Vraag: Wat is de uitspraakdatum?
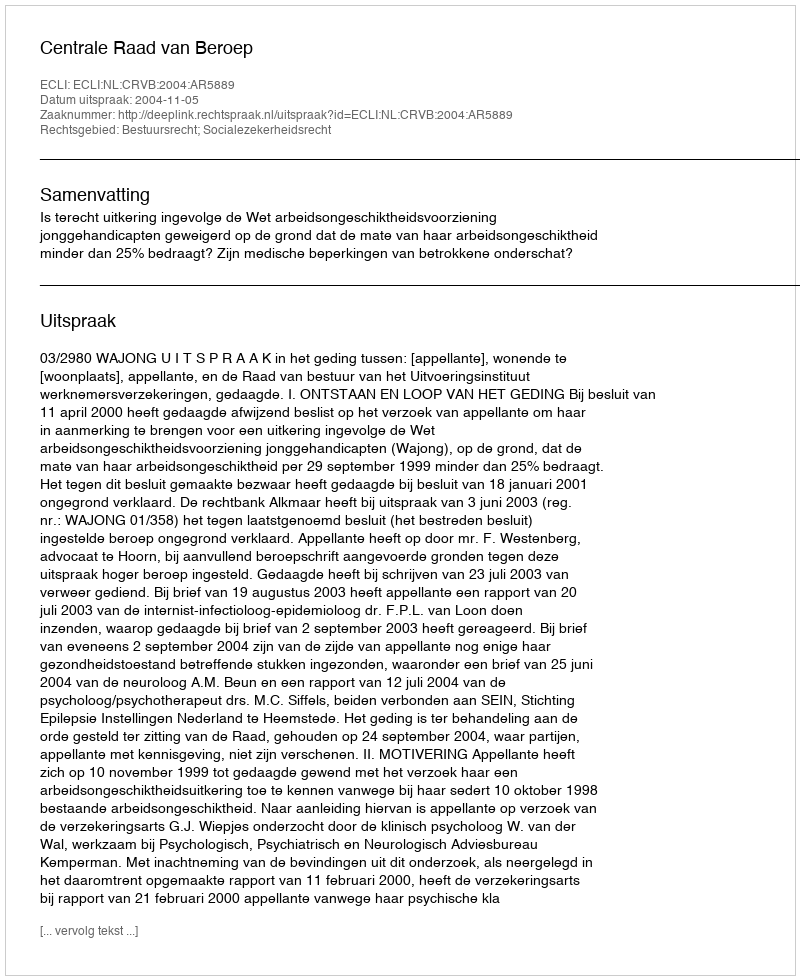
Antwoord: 2004-11-05